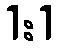
1:1